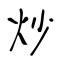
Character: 炒